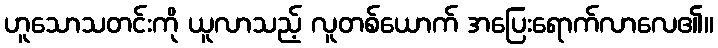
ဟူသောသတင်းကို ယူလာသည့် လူတစ်ယောက် အပြေးရောက်လာလေ၏။